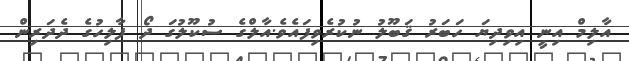
އާލިމް އިނީ އިވިދިޔަ ހަބަރު ޤަބޫލު ނުކުރެވިފައެވެ.އާލްގެ ސުކޫލުގަ ދޯ ފާލިހުގެ ދެދަރިން